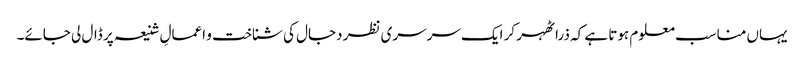
یہاں مناسب معلوم ہوتا ہے کہ ذرا ٹھہر کر ایک سرسری نظر دجال کی شناخت و اعمالِ شنیعہ پر ڈال لی جائے۔